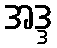
အဒ္ဒ